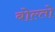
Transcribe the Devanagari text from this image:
बोल्तो